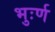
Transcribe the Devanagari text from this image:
भुःर्ण